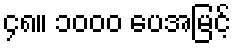
၄၈။ ၁၀၀၀ ပေအမြင့်